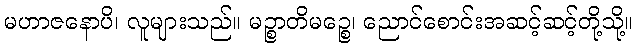
မဟာဇနောပိ၊ လူများသည်။ မဉ္စာတိမဉ္စေ၊ ညောင်စောင်းအဆင့်ဆင့်တို့သို့။